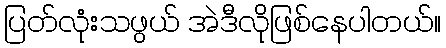
ပြတ်လုံးသဖွယ် အဲဒီလိုဖြစ်နေပါတယ်။